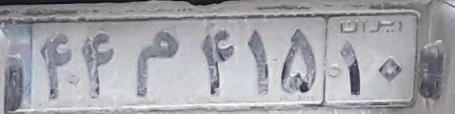
۴۴م۴۱۵۱۰